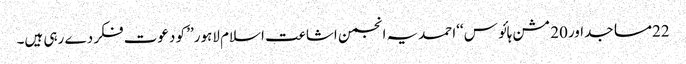
22مساجداور20 مشن ہائو س ‘‘احمدیہ انجمن اشاعت اسلام لاہور’’ کو دعوت فکر دے رہی ہیں۔